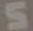
S